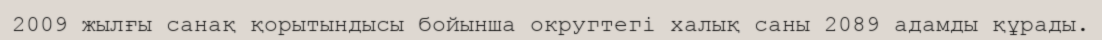
2009 жылғы санақ қорытындысы бойынша округтегі халық саны 2089 адамды құрады.